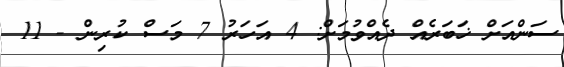
ސަންއަށް ޚަބަރެއް ދެއްވުމަށް: 4 އަހަރު 7 މަސް ކުރިން - 11